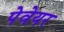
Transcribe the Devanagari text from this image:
पेवेयर